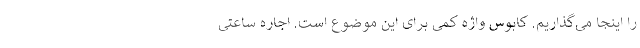
را اینجا می‌گذاریم. کابوس واژه کمی برای این موضوع است. اجاره ساعتی